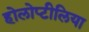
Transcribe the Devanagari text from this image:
होलोप्टीलिया